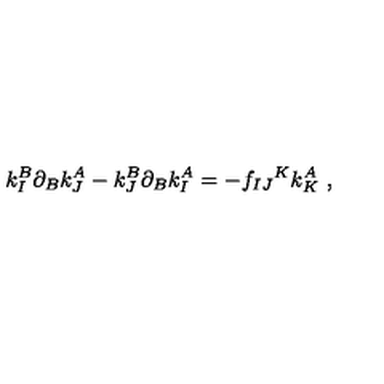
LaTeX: k _ { I } ^ { B } \partial _ { B } k _ { J } ^ { A } - k _ { J } ^ { B } \partial _ { B } k _ { I } ^ { A } = - f _ { I J } { } ^ { K } k _ { K } ^ { A } \ ,